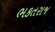
ભકતરાજ